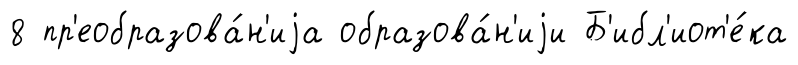
8 пр'еобразова́н'иjа образова́н'иjи Б'ибл'иот'е́ка